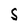
Character: S